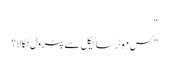
“
” کس موٹر سائیکل سے پٹرول نکالا ؟